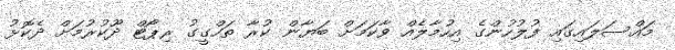
މައްސަލައިގައި ފުލުހުންގެ އިހުމާލެއް ވާކަމަށް ބަޔާން ކުރާ ތަހްގީގު ރިޕޯޓް ދޫކުރުމަށް ދެކޮޅު